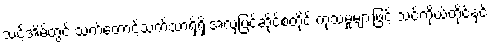
သင့်အိမ်တွင် သက်တောင့်သက်သာရှိရှိ အလှပြင်ဆိုင်စတိုင် ကုသမှုများဖြင့် သင်ကိုယ်တိုင်နှင့်